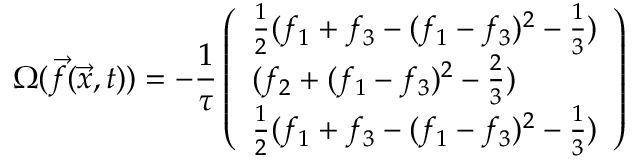
{ \Omega } ( \vec { f } ( \vec { x } , t ) ) = - \frac { 1 } { \tau } \left( \begin{array} { l } { \frac { 1 } { 2 } ( f _ { 1 } + f _ { 3 } - ( f _ { 1 } - f _ { 3 } ) ^ { 2 } - \frac { 1 } { 3 } ) } \\ { ( f _ { 2 } + ( f _ { 1 } - f _ { 3 } ) ^ { 2 } - \frac { 2 } { 3 } ) } \\ { \frac { 1 } { 2 } ( f _ { 1 } + f _ { 3 } - ( f _ { 1 } - f _ { 3 } ) ^ { 2 } - \frac { 1 } { 3 } ) } \end{array} \right)